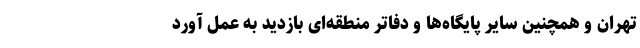
تهران و همچنین سایر پایگاه‌ها و دفاتر منطقه‌ای بازدید به عمل آورد